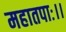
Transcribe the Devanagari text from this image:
महातपाः।।